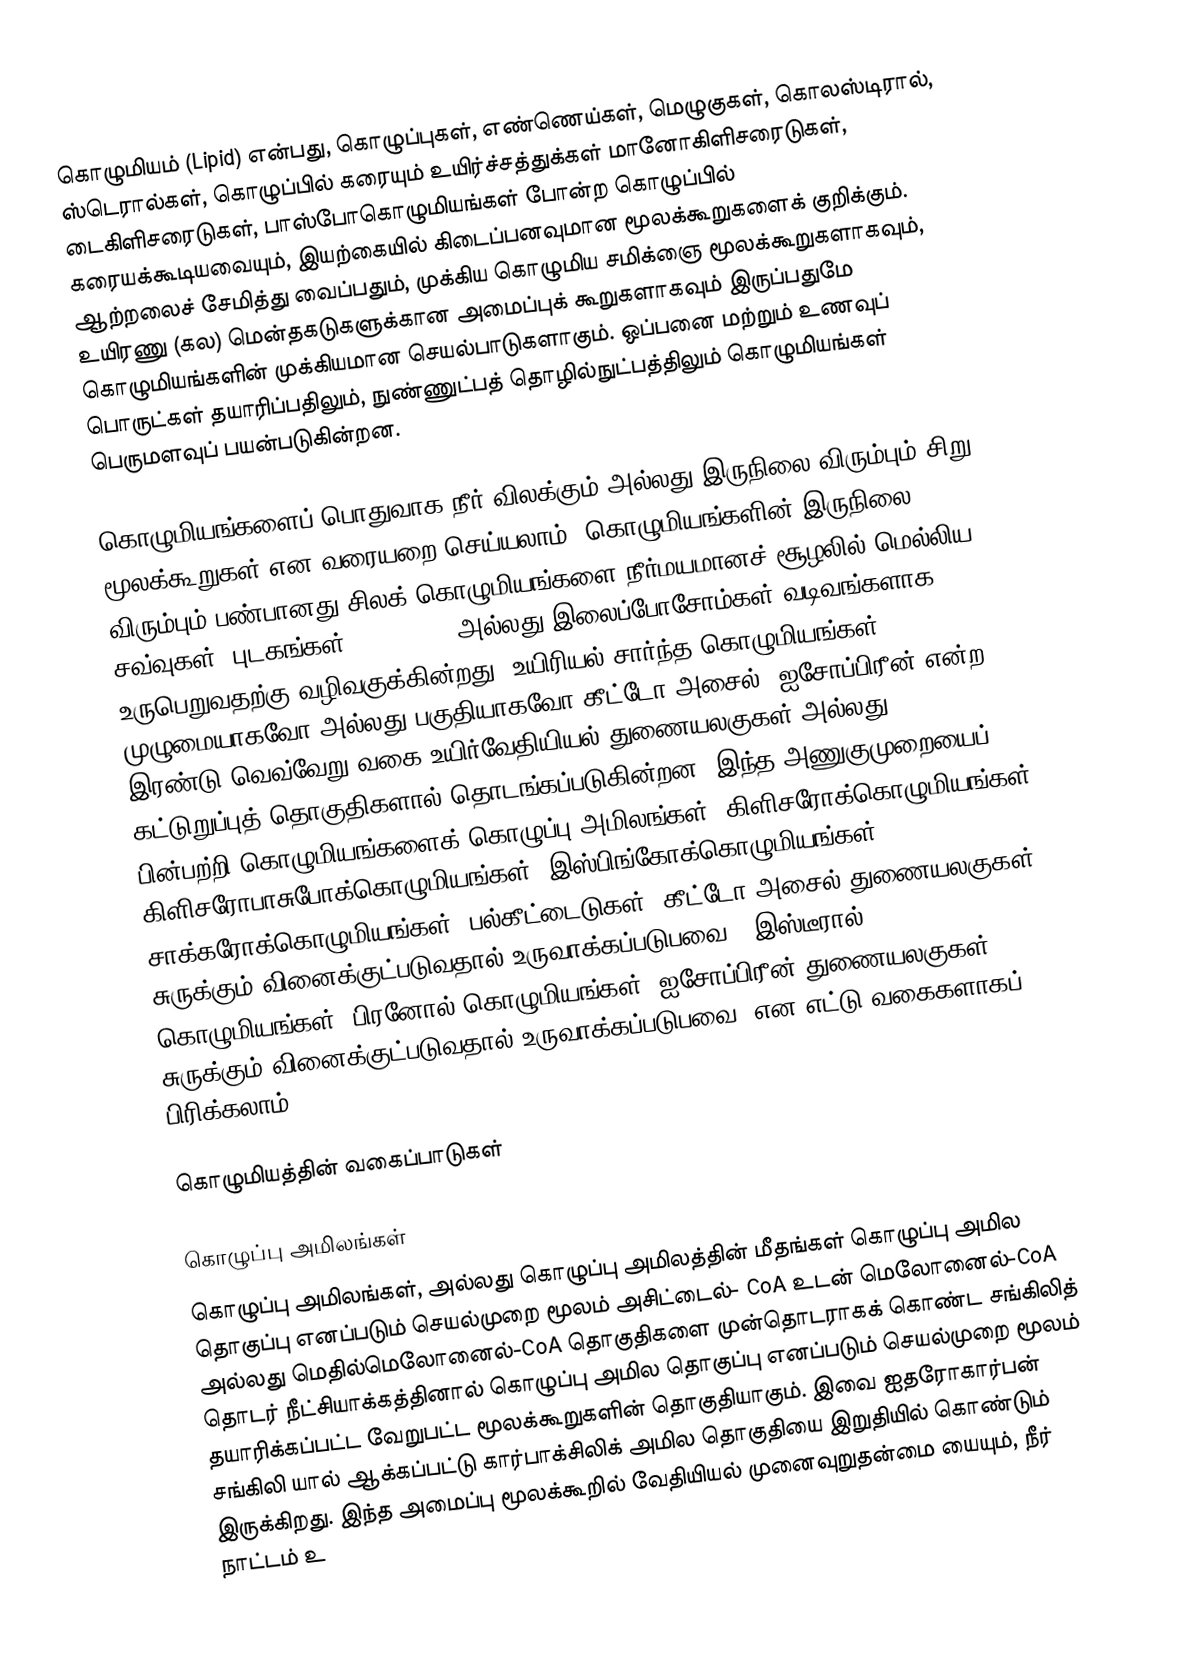
கொழுமியம் (Lipid) என்பது, கொழுப்புகள், எண்ணெய்கள், மெழுகுகள், கொலஸ்டிரால், ஸ்டெரால்கள், கொழுப்பில் கரையும் உயிர்ச்சத்துக்கள் மானோகிளிசரைடுகள், டைகிளிசரைடுகள், பாஸ்போகொழுமியங்கள் போன்ற கொழுப்பில் கரையக்கூடியவையும், இயற்கையில் கிடைப்பனவுமான மூலக்கூறுகளைக் குறிக்கும். ஆற்றலைச் சேமித்து வைப்பதும், முக்கிய கொழுமிய சமிக்ஞை மூலக்கூறுகளாகவும், உயிரணு (கல) மென்தகடுகளுக்கான அமைப்புக் கூறுகளாகவும் இருப்பதுமே கொழுமியங்களின் முக்கியமான செயல்பாடுகளாகும். ஒப்பனை மற்றும் உணவுப் பொருட்கள் தயாரிப்பதிலும், நுண்ணுட்பத் தொழில்நுட்பத்திலும் கொழுமியங்கள் பெருமளவுப் பயன்படுகின்றன.

கொழுமியங்களைப் பொதுவாக நீர் விலக்கும் அல்லது இருநிலை விரும்பும் சிறு மூலக்கூறுகள் என வரையறை செய்யலாம். கொழுமியங்களின் இருநிலை விரும்பும் பண்பானது சிலக் கொழுமியங்களை நீர்மயமானச் சூழலில் மெல்லிய சவ்வுகள், புடகங்கள் (vesicles) அல்லது இலைப்போசோம்கள் வடிவங்களாக உருபெறுவதற்கு வழிவகுக்கின்றது. உயிரியல்-சார்ந்த கொழுமியங்கள் முழுமையாகவோ அல்லது பகுதியாகவோ கீட்டோ-அசைல், ஐசோப்பிரீன் என்ற இரண்டு வெவ்வேறு வகை உயிர்வேதியியல் துணையலகுகள் அல்லது கட்டுறுப்புத் தொகுதிகளால் தொடங்கப்படுகின்றன. இந்த அணுகுமுறையைப் பின்பற்றி கொழுமியங்களைக் கொழுப்பு அமிலங்கள், கிளிசரோக்கொழுமியங்கள் கிளிசரோபாசுபோக்கொழுமியங்கள், இஸ்பிங்கோக்கொழுமியங்கள், சாக்கரோக்கொழுமியங்கள், பல்கீட்டைடுகள் (கீட்டோ-அசைல் துணையலகுகள் சுருக்கும் வினைக்குட்படுவதால் உருவாக்கப்படுபவை), இஸ்டீரால் கொழுமியங்கள், பிரனோல் கொழுமியங்கள் (ஐசோப்பிரீன் துணையலகுகள் சுருக்கும் வினைக்குட்படுவதால் உருவாக்கப்படுபவை) என எட்டு வகைகளாகப் பிரிக்கலாம்.

கொழுமியத்தின் வகைப்பாடுகள்

கொழுப்பு அமிலங்கள்
கொழுப்பு அமிலங்கள்,  அல்லது கொழுப்பு அமிலத்தின் மீதங்கள் கொழுப்பு அமில தொகுப்பு எனப்படும் செயல்முறை மூலம்  அசிட்டைல்- CoA உடன் மெலோனைல்-CoA அல்லது மெதில்மெலோனைல்-CoA தொகுதிகளை முன்தொடராகக் கொண்ட சங்கிலித் தொடர் நீட்சியாக்கத்தினால் கொழுப்பு அமில தொகுப்பு  எனப்படும் செயல்முறை மூலம் தயாரிக்கப்பட்ட வேறுபட்ட மூலக்கூறுகளின் தொகுதியாகும். இவை ஐதரோகார்பன் சங்கிலி யால் ஆக்கப்பட்டு கார்பாக்சிலிக் அமில தொகுதியை இறுதியில் கொண்டும் இருக்கிறது. இந்த அமைப்பு மூலக்கூறில் வேதியியல் முனைவுறுதன்மை யையும், நீர் நாட்டம் உ